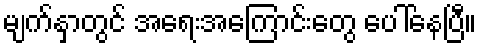
မျက်နှာတွင် အရေးအကြောင်းတွေ ပေါ်နေပြီ။